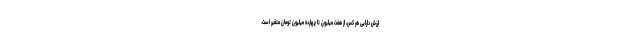
ارزش دارایی هر کس، از هفت میلیون تا چهارده میلیون تومان متغیر است.